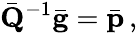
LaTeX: \bar{\mathbf Q}^{-1}\bar{\mathbf g}=\bar{\mathbf p}\, ,